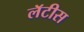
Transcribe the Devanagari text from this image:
लॅटीस